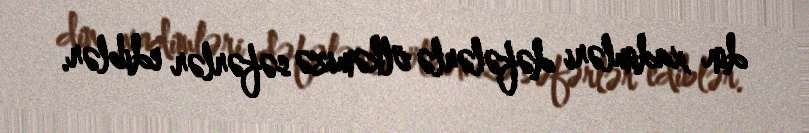
din xadimləri dəfələrlə ölkəmizə səfərlər ediblər.